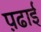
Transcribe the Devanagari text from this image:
प़ढाई